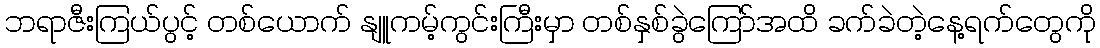
ဘရာဇီးကြယ်ပွင့် တစ်ယောက် နျူကမ့်ကွင်းကြီးမှာ တစ်နှစ်ခွဲကြော်အထိ ခက်ခဲတဲ့နေ့ရက်တွေကို